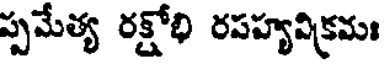
ప్పమేత్య రక్షోభి రపహ్యవిక్రమః